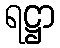
ရဋ္ဌာ